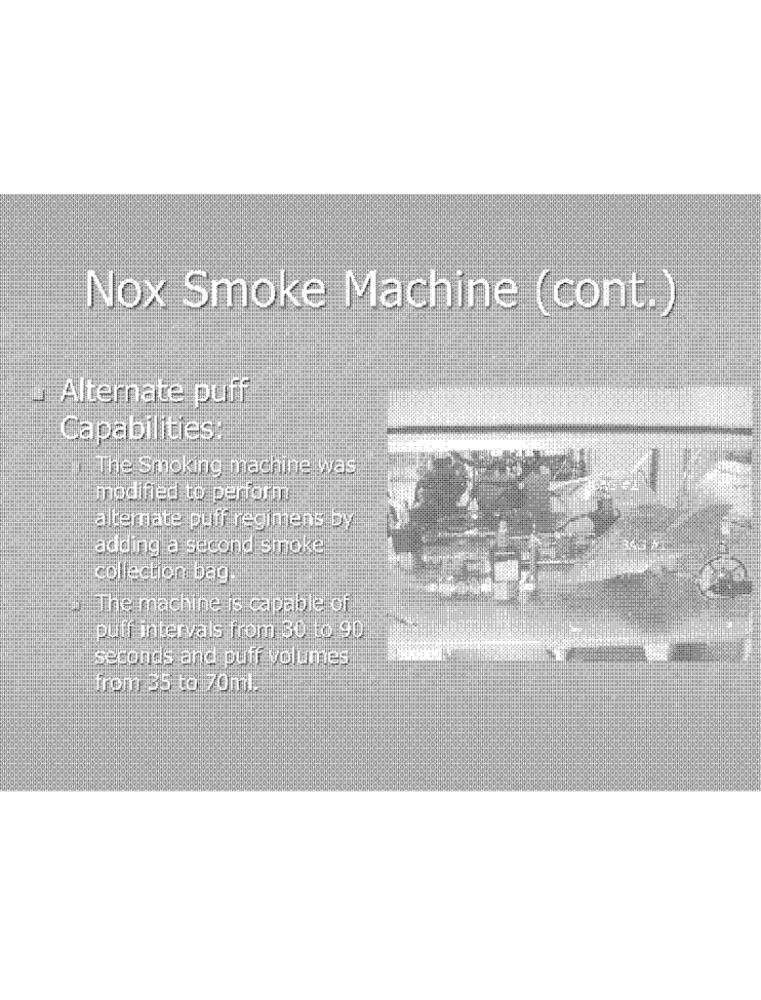
Nox Smoke Machine (cont.)
Alternate puff
Capabilities:
The Smoking machine was
modified to perform
alternate puff regimens by
adding a second stroke
collection bag.
The machine is capable of
puff intervals from 30 to 90
seconds and puff volumes
from 35 to 70ml.